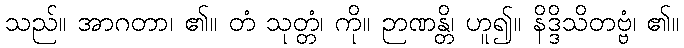
သည်။ အာဂတာ၊ ၏။ တံ သုတ္တံ၊ ကို။ ဉာဏန္တိ၊ ဟူ၍။ နိဒ္ဒိသိတဗ္ဗံ၊ ၏။